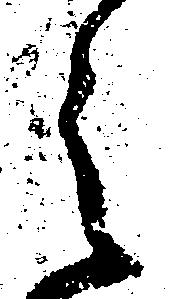
之